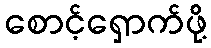
စောင့်ရှောက်ဖို့